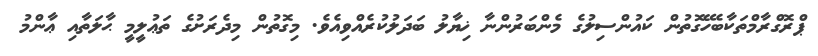
ޕްރޮގްރާމްތަކާބެހޭގޮތުން ކައުންސިލުގެ މެންބަރުންނާ ޚިޔާލު ބަދަލުކުރެއްވިއެވެ. މިގޮތުން މިދެރަށުގެ ތަޢުލީމީ ޙާލަތާއި ޢާންމު